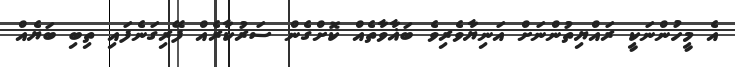
އެ މީހުންނަކީ ރައްޔިތުންނަށް އަނިޔާވެރިވެ ބަޣާވާތެއް ކޮށްގެން ސަރުކާރެއް ފޭރިގަނެފައި ތިބި ބަޔެއް